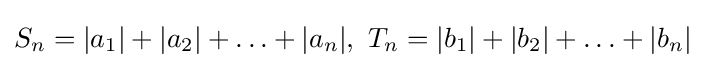
S_{n}=|a_{1}|+|a_{2}|+\ldots +|a_{n}|,\ T_{n}=|b_{1}|+|b_{2}|+\ldots +|b_{n}|